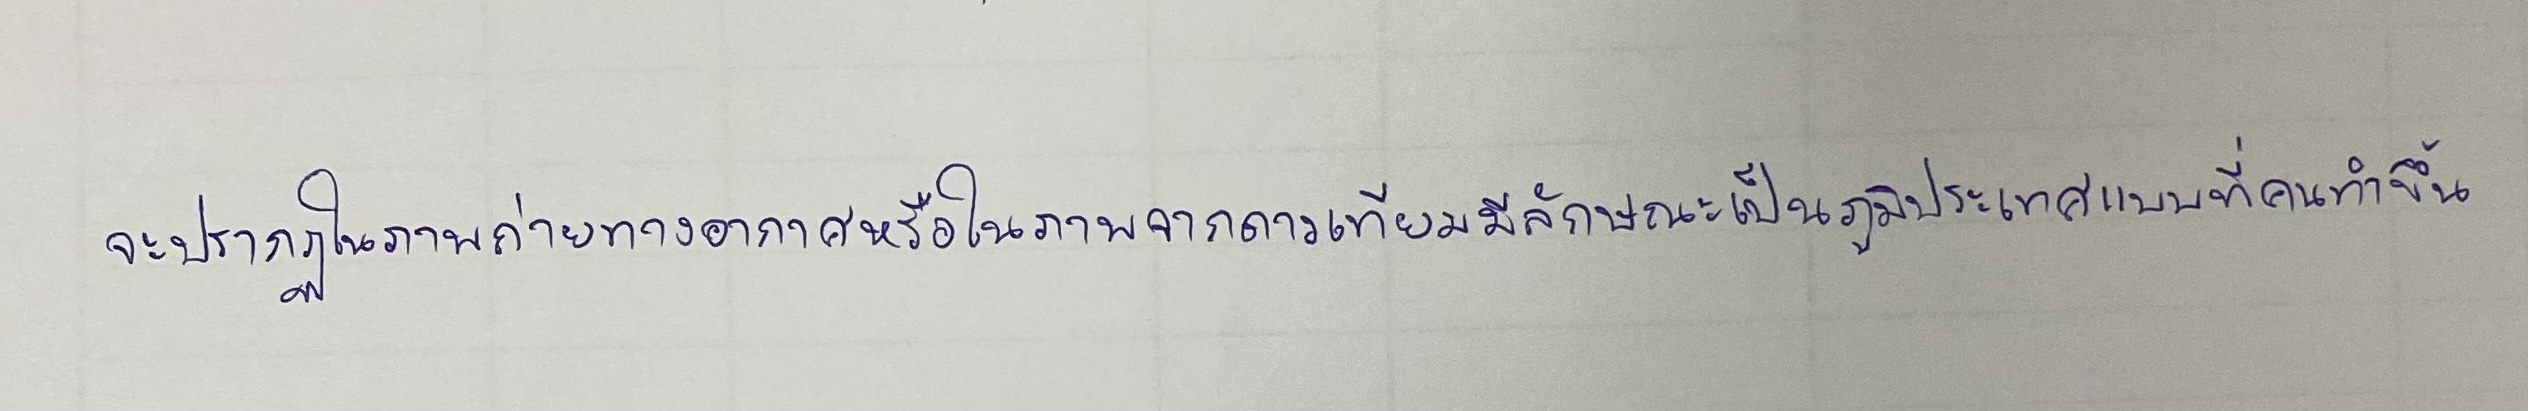
จะปรากฏในภาพถ่ายทางอากาศหรือในภาพจากดาวเทียมมีลักษณะเป็นภูมิประเทศแบบที่คนทำขึ้น